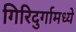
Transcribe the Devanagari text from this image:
गिरिदुर्गामध्ये